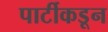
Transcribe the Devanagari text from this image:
पार्टीकडून